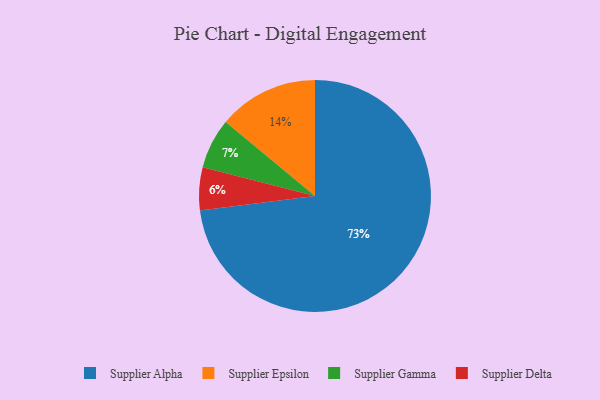
{"axis": {"x": "Category", "y": "Percentage"}, "legend": ["Supplier Alpha", "Supplier Delta", "Supplier Epsilon", "Supplier Gamma"], "data": [{"x": "Supplier Epsilon", "y": 14, "type": "Supplier Epsilon"}, {"x": "Supplier Gamma", "y": 7, "type": "Supplier Gamma"}, {"x": "Supplier Alpha", "y": 73, "type": "Supplier Alpha"}, {"x": "Supplier Delta", "y": 6, "type": "Supplier Delta"}]}